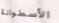
الأسطوانة